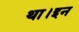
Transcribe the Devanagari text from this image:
था।इन